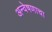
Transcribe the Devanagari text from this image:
अन्वेषणाचा